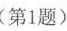
(第1题)